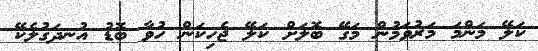
ކަލޭ މަންމަ މަރުވަމުން މަގޭ ބޮލަށް ކަލޭ ޖެހިކަން ހުވާ ބޮޑު އުނދަގުލެކޭ